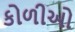
કોળીઓ